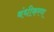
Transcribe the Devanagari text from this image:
बंधीकरण